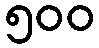
၅၀၀